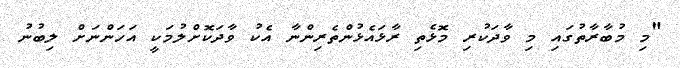
"މި މުބާރާތުގައި މި ވާދަކުރި މޮޅެތި ރާޅައެޅުންތެރިންނާ އެކު ވާދަކޮށްލުމަކީ އަހަންނަށް ލިބުނު